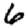
Digit: 6